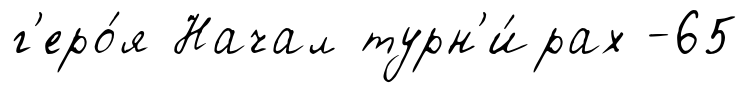
г'еро́я Начал турн'и́рах -65